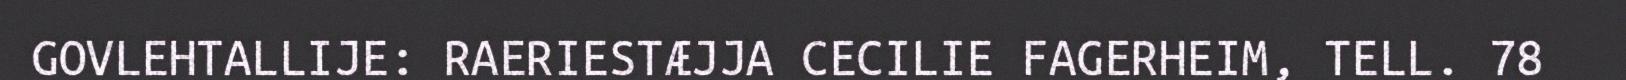
GOVLEHTALLIJE: RAERIESTÆJJA CECILIE FAGERHEIM, TELL. 78